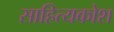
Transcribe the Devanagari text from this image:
साहित्यकोश